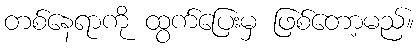
တစ်နေရာကို ထွက်ပြေးမှ ဖြစ်တော့မည်။